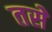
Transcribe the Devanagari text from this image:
तसेे